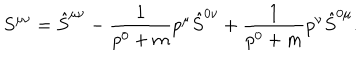
S ^ { \mu \nu } = \hat { S } ^ { \mu \nu } - \frac { 1 } { p ^ { 0 } + m } p ^ { \mu } \hat { S } ^ { 0 \nu } + \frac { 1 } { p ^ { 0 } + m } p ^ { \nu } \hat { S } ^ { 0 \mu } .